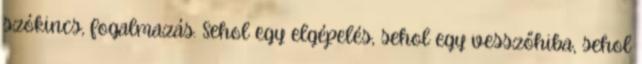
szókincs, fogalmazás. Sehol egy elgépelés, sehol egy vesszőhiba, sehol